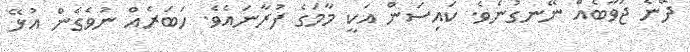
ދޭނެ ޖަވާބެއް ނޭނގުނެވެ. ކައިސަން އަކީ މާމަގެ ފުރާނައެވެ. ހަބަރެއް ނުވެގެން އުޅޭ